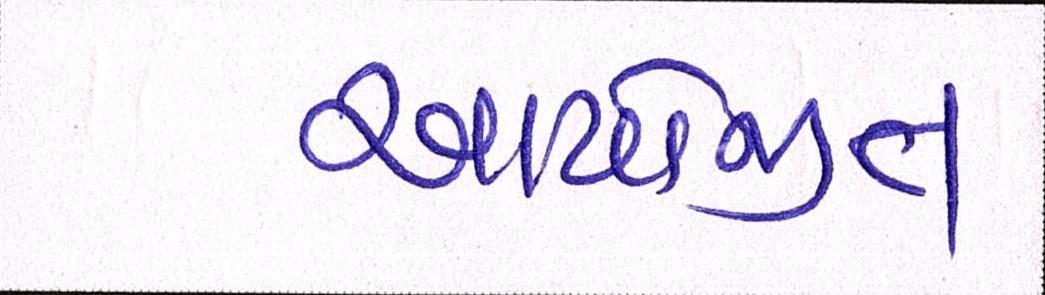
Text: આયોજીત